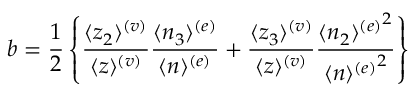
b = \frac { 1 } { 2 } \left\{ \frac { \langle z _ { 2 } \rangle ^ { ( v ) } } { \langle z \rangle ^ { ( v ) } } \frac { \langle n _ { 3 } \rangle ^ { ( e ) } } { \langle n \rangle ^ { ( e ) } } + \frac { \langle z _ { 3 } \rangle ^ { ( v ) } } { \langle z \rangle ^ { ( v ) } } \frac { { \langle n _ { 2 } \rangle ^ { ( e ) } } ^ { 2 } } { { \langle n \rangle ^ { ( e ) } } ^ { 2 } } \right\}